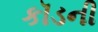
કૉડની